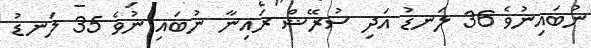
ނުބައިނުވެ 36 ލަނޑު އަދި ސުރޭޝް ރައިނާ ނުބައި ނުވެ 35 ލަނޑު